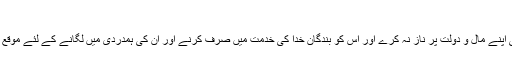
(تفسیر حضرت مسیح موعود ؑ جلد1ص637)
پھر فرماتے ہیں: اگر خدا تعالیٰ اپنا فضل کر ے او ر دولت مند آدمی اپنے مال و دولت پر ناز نہ کرے اور اس کو بندگان خدا کی خدمت میں صَرْف کرنے اور ان کی ہمدردی میں لگانے کے لئے موقع پائے اور اپنا فرض سمجھے تو پھر وہ ایک خیرِکثیر کا وارث ہے۔